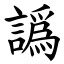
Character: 譌